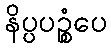
နိပ္ပပဉ္စံပေ